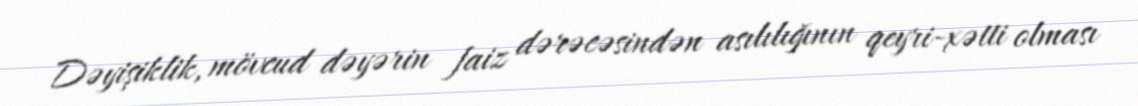
Dəyişiklik, mövcud dəyərin faiz dərəcəsindən asılılığının qeyri-xətti olması